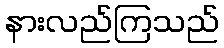
နားလည်ကြသည်